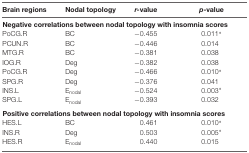
<table><thead><tr><td><b>Brain regions</b></td><td><b>Nodal topology</b></td><td><b><i>r-</i>value</b></td><td><b><i>p</i>-value</b></td></tr></thead><tbody><tr><td colspan="4"><b>Negative correlations between nodal topology with insomnia scores</b></td></tr><tr><td>PoCG.R</td><td>BC</td><td>−0.455</td><td>0.011*</td></tr><tr><td>PCUN.R</td><td>BC</td><td>−0.446</td><td>0.014</td></tr><tr><td>MTG.R</td><td>BC</td><td>−0.381</td><td>0.038</td></tr><tr><td>IOG.R</td><td>Deg</td><td>−0.382</td><td>0.038</td></tr><tr><td>PoCG.R</td><td>Deg</td><td>−0.466</td><td>0.010*</td></tr><tr><td>SPG.R</td><td>Deg</td><td>−0.376</td><td>0.041</td></tr><tr><td>INS.L</td><td>E<sub>nodal</sub></td><td>−0.524</td><td>0.003*</td></tr><tr><td>SPG.L</td><td>E<sub>nodal</sub></td><td>−0.393</td><td>0.032</td></tr><tr><td colspan="4"><b>Positive correlations between nodal topology with insomnia scores</b></td></tr><tr><td>HES.L</td><td>BC</td><td>0.461</td><td>0.010*</td></tr><tr><td>INS.R</td><td>Deg</td><td>0.503</td><td>0.005*</td></tr><tr><td>HES.R</td><td>E<sub>nodal</sub></td><td>0.440</td><td>0.015</td></tr></tbody></table>